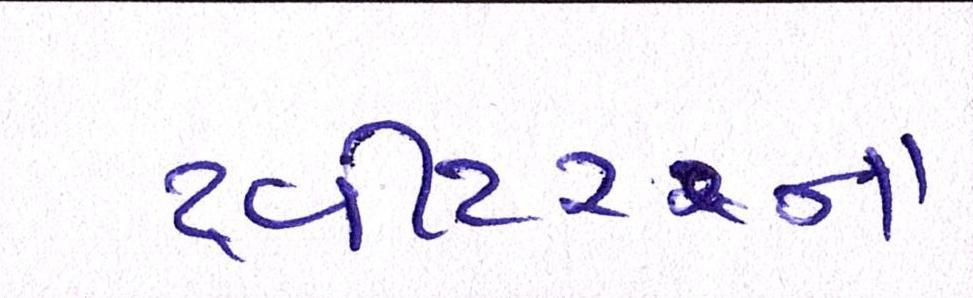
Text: ટ્વીટરના